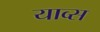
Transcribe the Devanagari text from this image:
याव्स